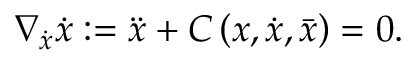
\nabla _ { \Dot { \boldsymbol x } } \Dot { \boldsymbol { x } } : = \Ddot { \boldsymbol x } + C \left( \boldsymbol x , \dot { \boldsymbol x } , \bar { \boldsymbol { x } } \right) = 0 .